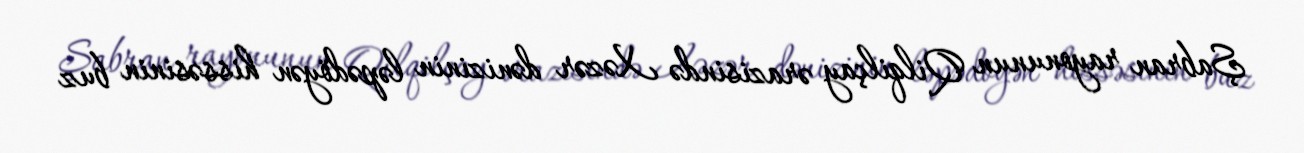
Şabran rayonunun Qilqilçay ərazisində Xəzər dənizinin ləpədöyən hissəsinin buz